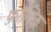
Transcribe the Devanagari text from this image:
फ़ॉलिक